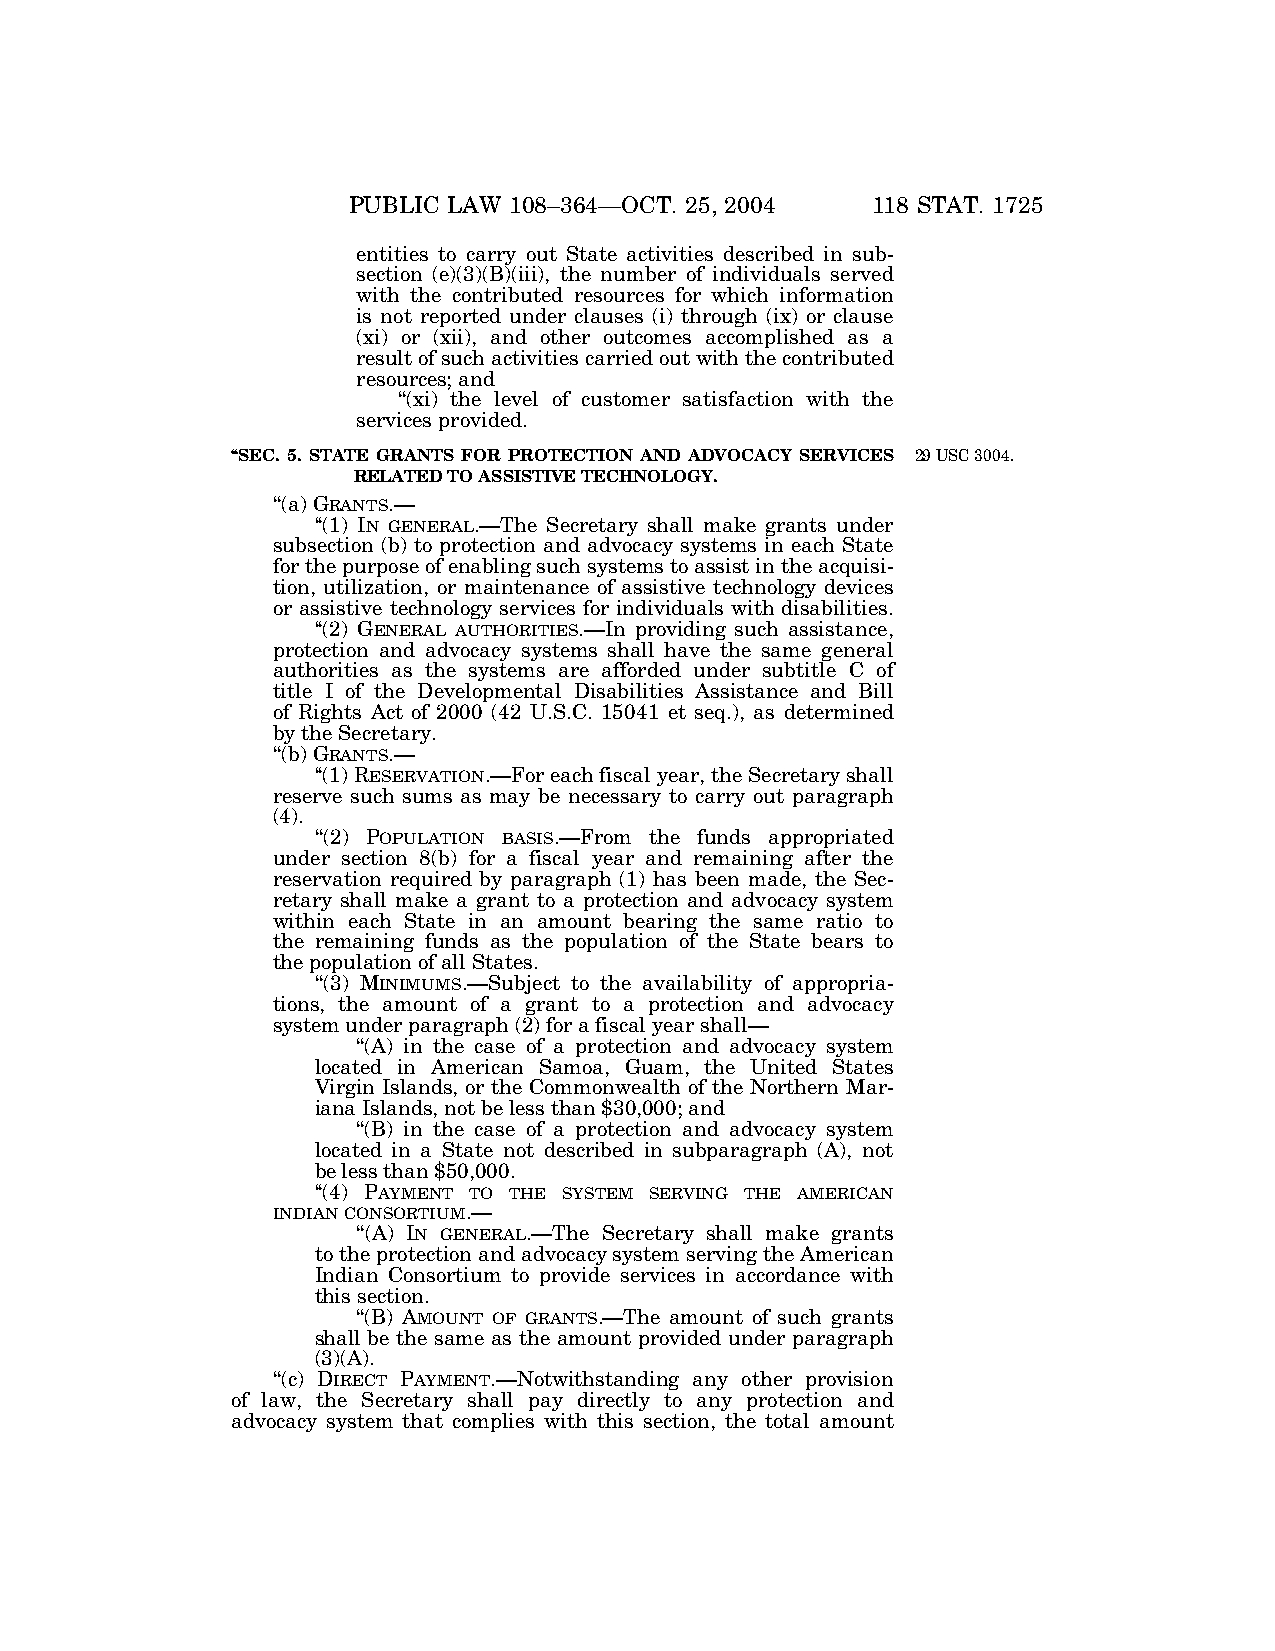
PUBLIC LAW 108–364—OCT. 25, 2004   118 STAT. 1725
 entities to carry out State activities described in sub-
 section (e)(3)(B)(iii), the number of individuals served
 with the contributed resources for which information
 is not reported under clauses (i) through (ix) or clause
 (xi) or (xii), and other outcomes accomplished as a
 result of such activities carried out with the contributed
 resources; and
 ‘‘(xi) the level of customer satisfaction with the
 services provided.
 ‘‘SEC. 5. STATE GRANTS FOR PROTECTION AND ADVOCACY SERVICES 29 USC 3004.
 RELATED TO ASSISTIVE TECHNOLOGY.
 ‘‘(a) GRANTS.—
 ‘‘(1) IN GENERAL.—The Secretary shall make grants under
 subsection (b) to protection and advocacy systems in each State
 for the purpose of enabling such systems to assist in the acquisi-
 tion, utilization, or maintenance of assistive technology devices
 or assistive technology services for individuals with disabilities.
 ‘‘(2) GENERAL AUTHORITIES.—In providing such assistance,
 protection and advocacy systems shall have the same general
 authorities as the systems are afforded under subtitle C of
 title I of the Developmental Disabilities Assistance and Bill
 of Rights Act of 2000 (42 U.S.C. 15041 et seq.), as determined
 by the Secretary.
 ‘‘(b) GRANTS.—
 ‘‘(1) RESERVATION.—For each fiscal year, the Secretary shall
 reserve such sums as may be necessary to carry out paragraph
 (4).
 ‘‘(2) POPULATION BASIS.—From the funds appropriated
 under section 8(b) for a fiscal year and remaining after the
 reservation required by paragraph (1) has been made, the Sec-
 retary shall make a grant to a protection and advocacy system
 within each State in an amount bearing the same ratio to
 the remaining funds as the population of the State bears to
 the population of all States.
 ‘‘(3) MINIMUMS.—Subject to the availability of appropria-
 tions, the amount of a grant to a protection and advocacy
 system under paragraph (2) for a fiscal year shall—
 ‘‘(A) in the case of a protection and advocacy system
 located in American Samoa, Guam, the United States
 Virgin Islands, or the Commonwealth of the Northern Mar-
 iana Islands, not be less than $30,000; and
 ‘‘(B) in the case of a protection and advocacy system
 located in a State not described in subparagraph (A), not
 be less than $50,000.
 ‘‘(4) PAYMENT TO THE SYSTEM SERVING THE AMERICAN
 INDIANCONSORTIUM.—
 ‘‘(A) IN GENERAL.—The Secretary shall make grants
 to the protection and advocacy system serving the American
 Indian Consortium to provide services in accordance with
 this section.
 ‘‘(B) AMOUNT OF GRANTS.—The amount of such grants
 shall be the same as the amount provided under paragraph
 (3)(A).
 ‘‘(c) DIRECT PAYMENT.—Notwithstanding any other provision
 of law, the Secretary shall pay directly to any protection and
 advocacy system that complies with this section, the total amount
 VerDate 11-MAY-2000 06:49 Nov 06, 2004 Jkt 039139 PO 00364 Frm 00019 Fmt 6580 Sfmt 6581 E:\PUBLAW\PUBL364.108 BILLW PsN: PUBL364